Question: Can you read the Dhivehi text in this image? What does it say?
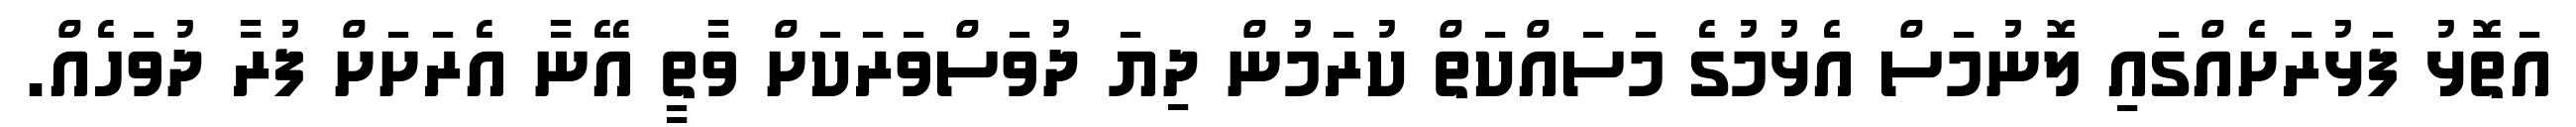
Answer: އަތޮޅު ފަޅުރަށެއްގައި ލޮނުމަސް އެޅުމުގެ މަސައްކަތް ކުރަމުން ދިޔަ ދުވަސްވަރަކަށް ވާތީ އޭނާ އެރަށަށް ފުރާ ދުވަހެއް.